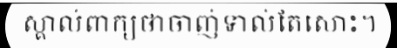
ស្គាល់ពាក្យថាចាញ់ទាល់តែសោះ។